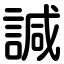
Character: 諴